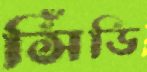
সিঁডি